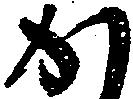
か